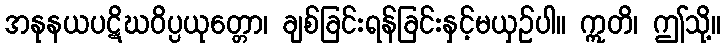
အနုနယပဋိဃဝိပ္ပယုတ္တော၊ ချစ်ခြင်းရန်ခြင်းနှင့်မယှဉ်ပါ။ ဣတိ၊ ဤသို့။